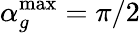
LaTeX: \alpha_{g}^{\mathrm{{max}}}=\pi/2